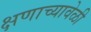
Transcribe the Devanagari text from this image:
क्षणाच्यावेळी